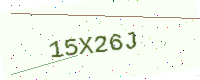
Text: 15X26J